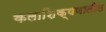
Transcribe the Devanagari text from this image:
कलाशिक्षणातील